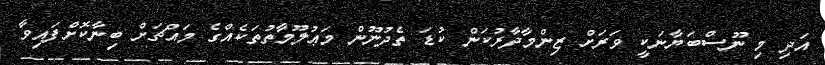
އަދި މި ނޫސްބަޔާނަކީ ވަރަށް ޒިންމާދާރުކަން ކުޑަ ތެދުނޫން މަޢުލޫމާތުތަކެއްގެ މައްޗަށް ބިނާކޮށްފައިވާ